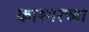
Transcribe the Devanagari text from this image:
काश्गरच्या